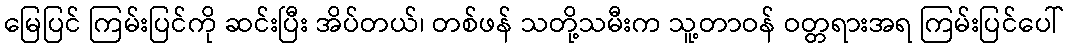
မြေပြင် ကြမ်းပြင်ကို ဆင်းပြီး အိပ်တယ်၊ တစ်ဖန် သတို့သမီးက သူ့တာဝန် ဝတ္တရားအရ ကြမ်းပြင်ပေါ်